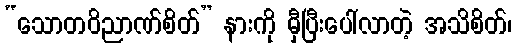
“သောတဝိညာဏ်စိတ်” နားကို မှီပြီးပေါ်လာတဲ့ အသိစိတ်၊